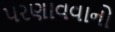
પરણાવવાનો